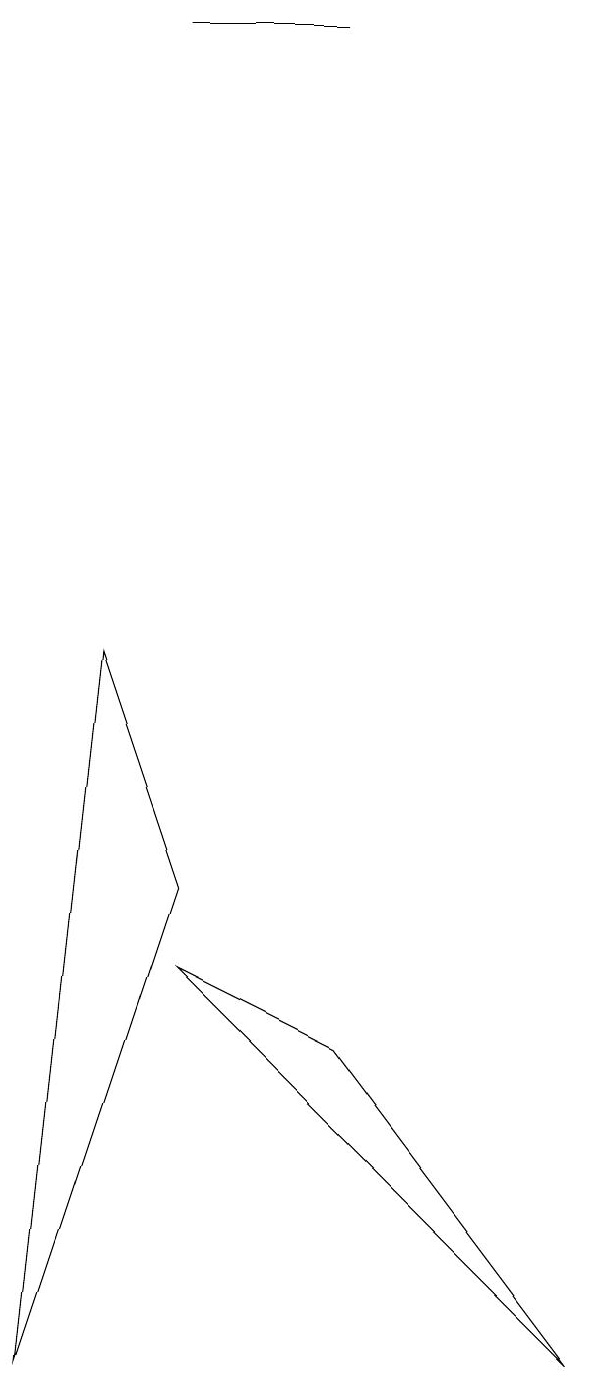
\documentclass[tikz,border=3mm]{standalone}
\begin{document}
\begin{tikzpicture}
\draw (5,17) rectangle (3,17);
\draw (5,4) -- (8,0) -- (3,5) -- cycle;
\draw (2,9) -- (1,0) -- (3,6) -- cycle;
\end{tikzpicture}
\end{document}